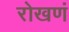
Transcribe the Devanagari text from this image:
रोखणं